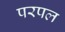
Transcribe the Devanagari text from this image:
परपल